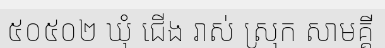
៥០៥០២ ឃុំ ជើង រាស់ ស្រុក សាមគ្គី